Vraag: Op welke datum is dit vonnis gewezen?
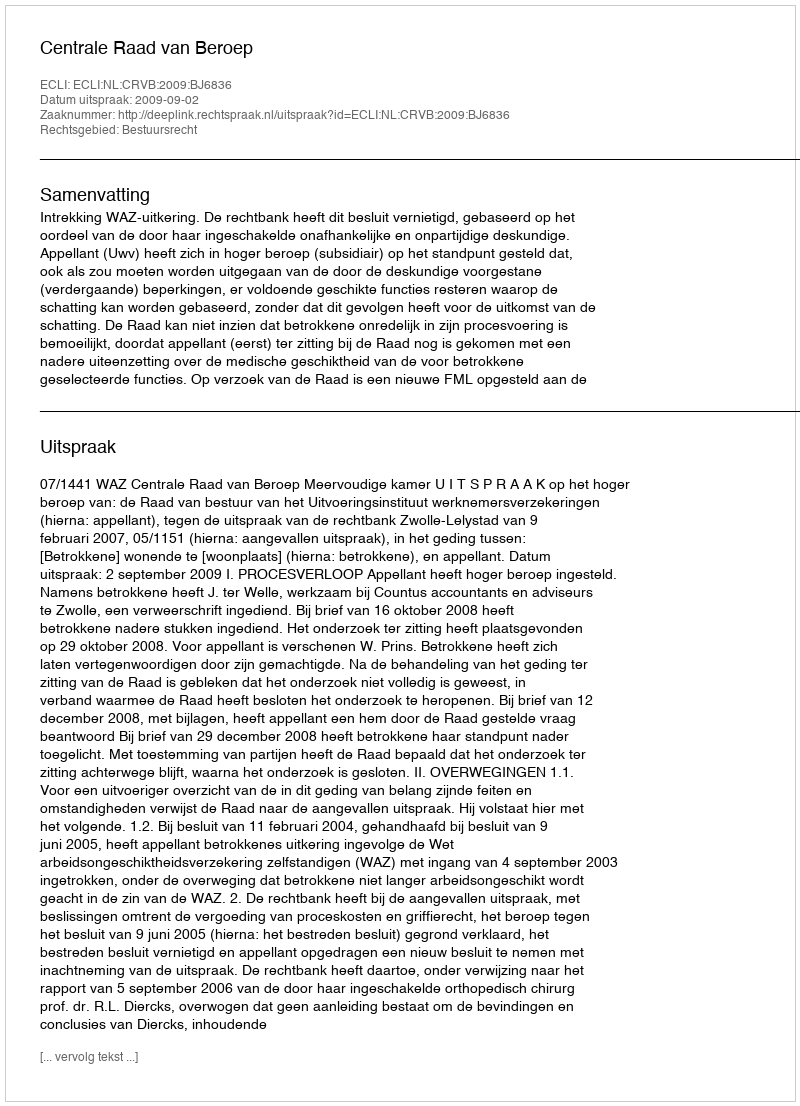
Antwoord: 2009-09-02